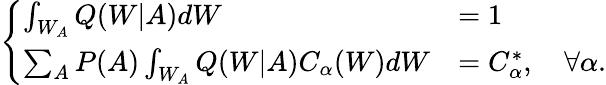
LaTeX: \left\{ \begin{array}{ll}{\int_{W_{A}}Q(W|A)dW}&{=1}\\ {\sum_{A}P(A)\int_{W_{A}}Q(W|A)C_{\alpha}(W)dW}&{=C_{\alpha}^{*},\quad\forall\alpha.}\end{array}\right.